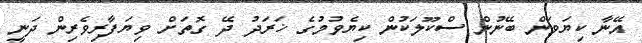
އޭނާ ކިޔަވަން ބޭނުން ސްކޫލަކުން ކިޔެވުމުގެ ޚަރަދު ދޭ ގޮތަށް ވިޔަފާރިވެރިން ދަނީ